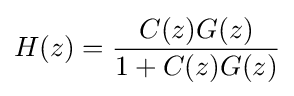
H(z)={\frac {C(z)G(z)}{1+C(z)G(z)}}